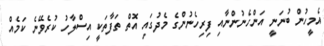
އެމީހުން ބުނަނީ އަންހެނުންނާއި ފިރިހެނުންގެ މެދުގައި އޮތް ތަފާތަކީ އިސްލާހު ކުރެވޭނެ ކަމެއް